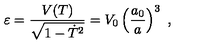
\varepsilon = { \frac { V ( T ) } { \sqrt { 1 - \dot { T } ^ { 2 } } } } = V _ { 0 } \left( { \frac { a _ { 0 } } { a } } \right) ^ { 3 } \ ,